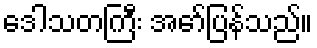
ဒေါသတကြီး အော်ပြန်သည်။